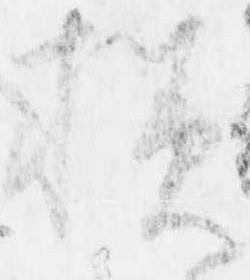
様